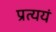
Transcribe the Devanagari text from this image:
प्रत्ययं